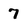
Character: 7